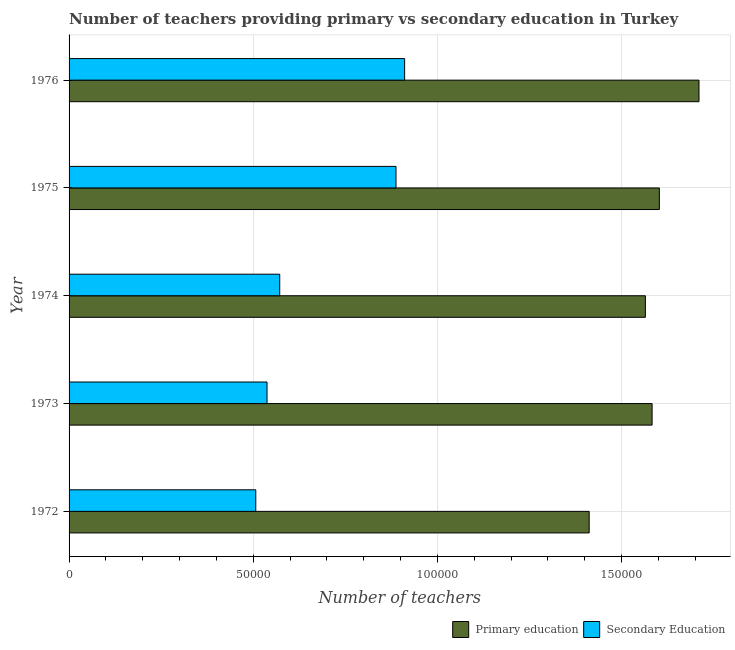
| Year | Primary education | Secondary Education |
 | --- | --- | --- |
 | 1972 | 1.41e+05 | 5.07e+04 |
 | 1973 | 1.58e+05 | 5.38e+04 |
 | 1974 | 1.56e+05 | 5.72e+04 |
 | 1975 | 1.6e+05 | 8.88e+04 |
 | 1976 | 1.71e+05 | 9.11e+04 |